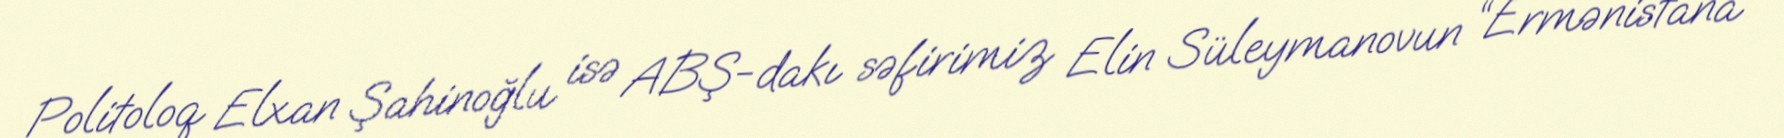
Politoloq Elxan Şahinoğlu isə ABŞ-dakı səfirimiz Elin Süleymanovun “Ermənistana